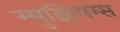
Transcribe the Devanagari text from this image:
म्‍युझियम्‍स